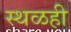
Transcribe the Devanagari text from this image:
स्थळही